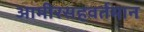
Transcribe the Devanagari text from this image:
आमीरसहवर्तमान